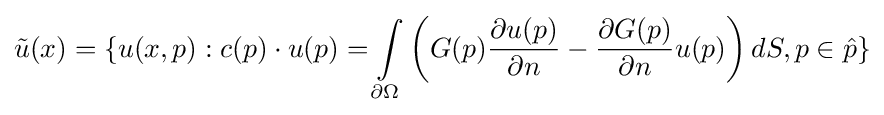
{\tilde {u}}(x)=\{u(x,p):c(p)\cdot u(p)=\int \limits _{\partial \Omega }\left(G(p){\frac {\partial u(p)}{\partial n}}-{\frac {\partial G(p)}{\partial n}}u(p)\right)dS,p\in {\hat {p}}\}